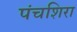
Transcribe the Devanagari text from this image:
पंचशिरा